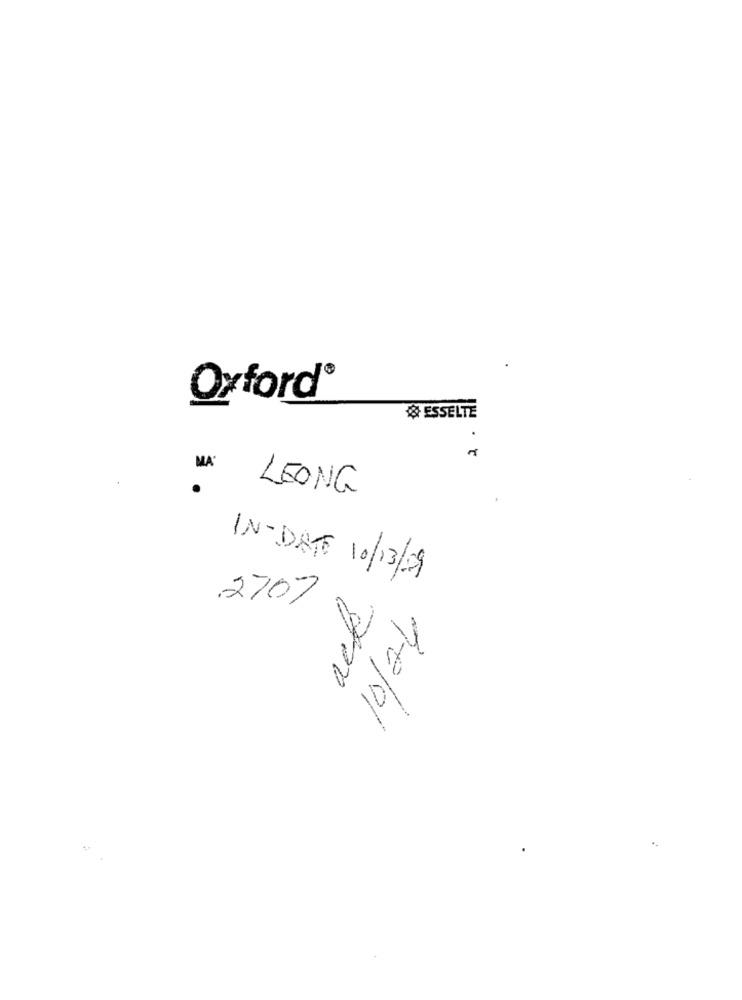
Oxford®
& ESSELTE
.
MA LEONG
IN-DATE 10/13/09
ack
2707
10/01